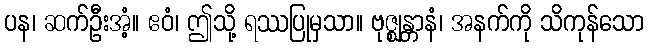
ပန၊ ဆက်ဦးအံ့။ ဧဝံ၊ ဤသို့ ရဿပြုမှသာ။ ဗုဇ္ဈန္တာနံ၊ အနက်ကို သိကုန်သော